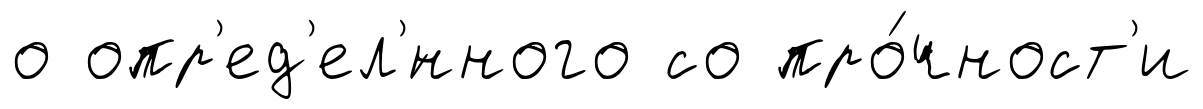
о опр'ед'ел'́нного со про́чност'и